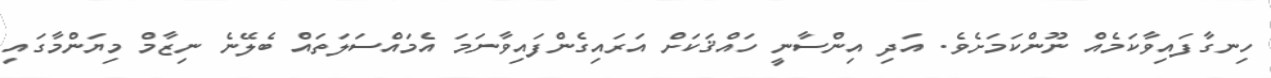
ހިނގާފައިވާކަމެއް ނޫންކަމަށެވެ. އަދި އިންސާނީ ހައްޤަކަށް އަރައިގެންފައިވާނަމަ އެމައްސަލަތައް ބެލޭނެ ނިޒާމް މިޔަންމާގައި